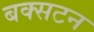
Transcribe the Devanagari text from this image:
बक्सटन